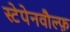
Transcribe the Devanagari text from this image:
स्टेपेनवौल्फ़